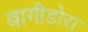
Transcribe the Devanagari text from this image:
बागीडोरा